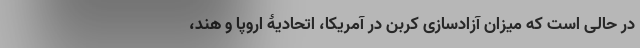
در حالی است که میزان آزادسازی کربن در آمریکا، اتحادیۀ اروپا و هند،